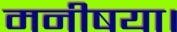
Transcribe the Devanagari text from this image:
मनीषया।